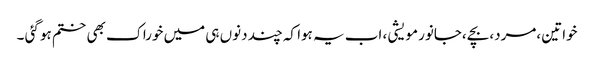
خواتین ،مرد،بچے ،جانور مویشی ، اب یہ ہوا کہ چند دنوں ہی میں خوراک بھی ختم ہو گئی ۔